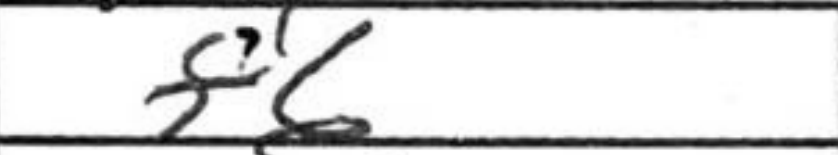
Transcription: f6